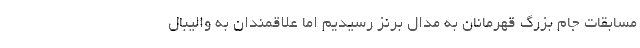
مسابقات جام بزرگ قهرمانان به مدال برنز رسیدیم اما علاقمندان به والیبال